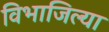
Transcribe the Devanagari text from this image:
विभाजिल्या